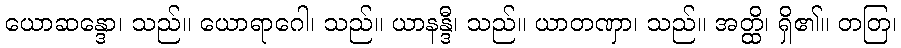
ယောဆန္ဒော၊ သည်။ ယောရာဂေါ၊ သည်။ ယာနန္ဒီ၊ သည်။ ယာတဏှာ၊ သည်။ အတ္ထိ၊ ရှိ၏။ တတြ၊